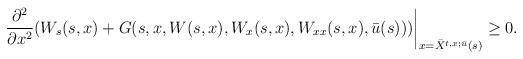
LaTeX: \begin{align*}\left. \frac{\partial^{2}}{\partial x^{2}}(W_{s}(s,x)+G(s,x,W(s,x),W_{x}(s,x),W_{xx}(s,x),\bar{u}(s)))\right\vert _{x=\bar{X}^{t,x;\bar{u}}(s)}\geq0.\end{align*}